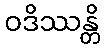
ဝဒိဿန္တိ